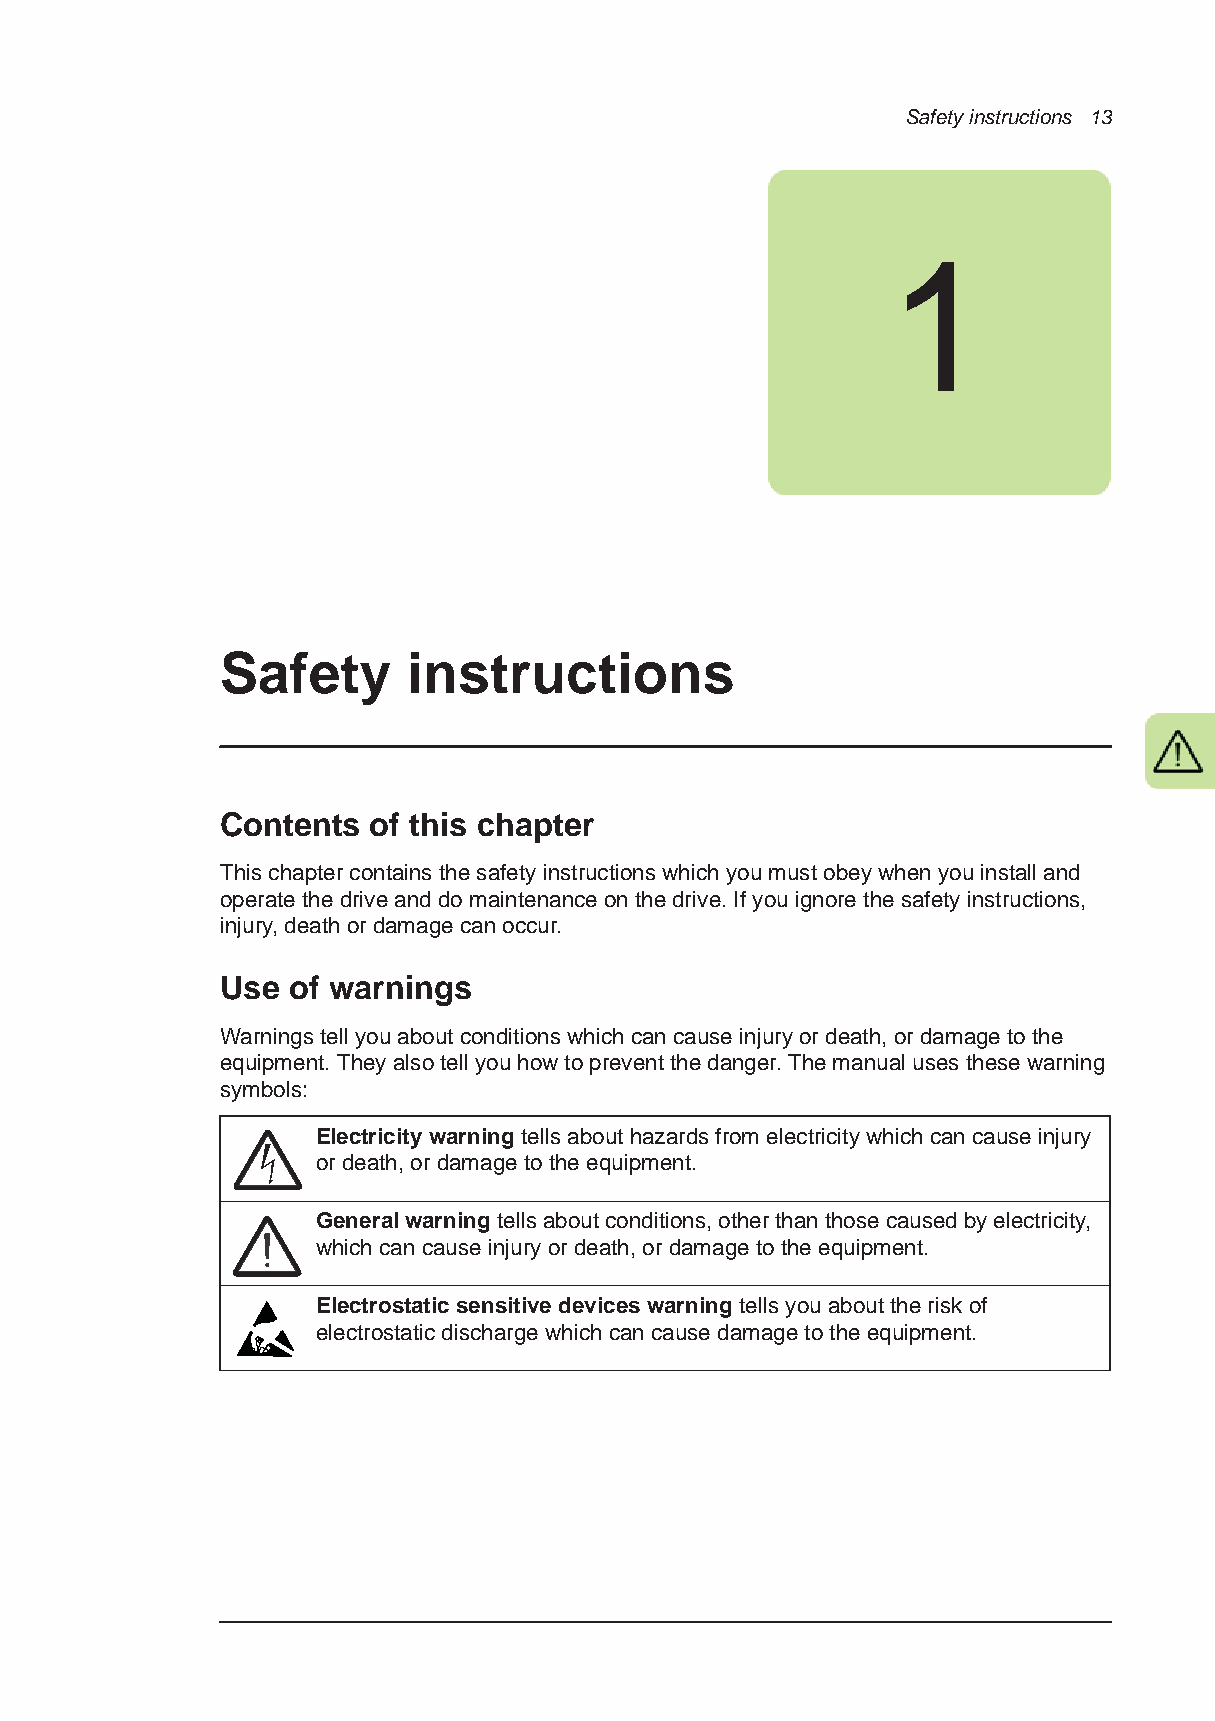
Safety instructions 13
 1
 Safety      instructions
 Contents of this chapter
 This chapter contains the safety instructions which you must obey when you install and
 operate the drive and do maintenance on the drive. If you ignore the safety instructions,
 injury, death or damage can occur.
 Use of warnings
 Warnings tell you about conditions which can cause injury or death, or damage to the
 equipment. They also tell you how to prevent the danger. The manual uses these warning
 symbols:
 Electricity warning tells about hazards from electricity which can cause injury
 or death, or damage to the equipment.
 General warning tells about conditions, other than those caused by electricity,
 which can cause injury or death, or damage to the equipment.
 Electrostatic sensitive devices warning tells you about the risk of
 electrostatic discharge which can cause damage to the equipment.